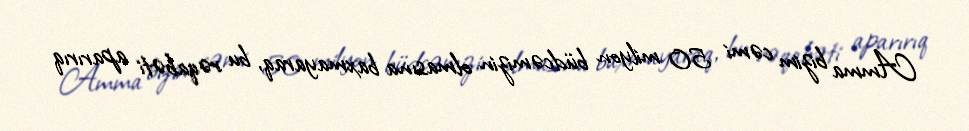
Amma bizim cəmi 50 milyon büdcəmizin olmasına baxmayaraq, bu rəqabəti aparırıq